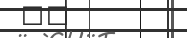
٣٠